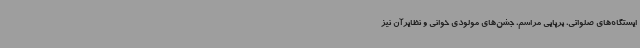
ایستگاه‌های صلواتی، برپایی مراسم، جشن‌های مولودی خوانی و نظایرآن نیز